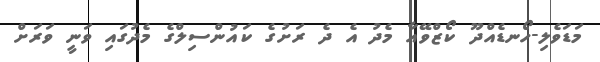
މަޑަވެލި-ހޯނޑެއްދޫ ކޯޒްވޭއާ މެދު އެ ދެ ރަށުގެ ކައުންސިލްގެ މެދުގައި ވަނީ ވަރަށް